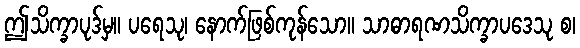
ဤသိက္ခာပုဒ်မှ။ ပရေသု၊ နောက်ဖြစ်ကုန်သော။ သာဓာရဏသိက္ခာပဒေသု စ၊